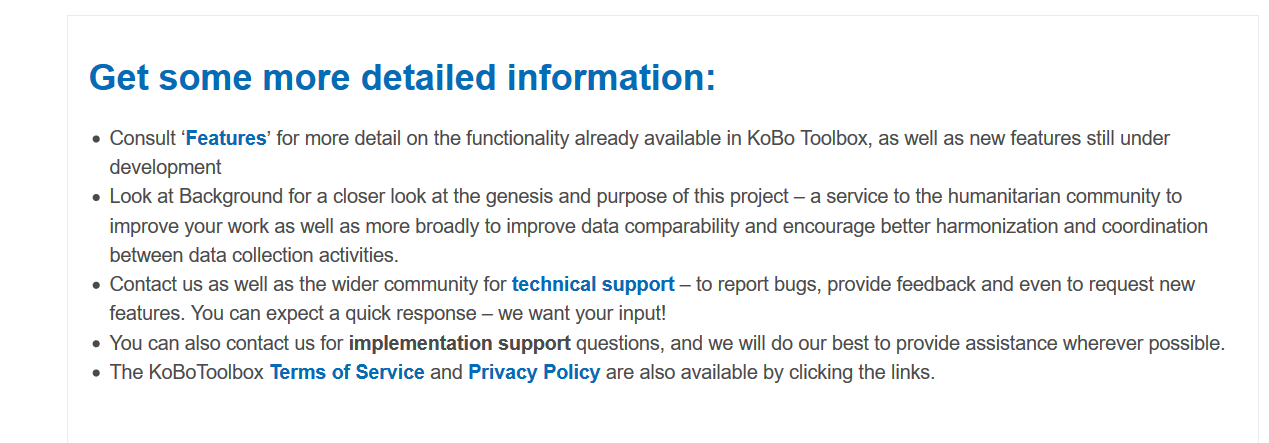
Get    some    more  detailed    information:
     ¢ Consult ‘Features’ for more detail on the functionality already available in KoBo Toolbox, as well as new features still under
     development
     e Look at Background for a closer look at the genesis and purpose of this project — a service to the humanitarian community to
     improve your work as well as more broadly to improve data comparability and encourage better harmonization and coordination
     between data collection activities.
     ¢ Contact us as well as the wider community for technical support —
     to report bugs, provide feedback and even to request new
     features. You can expect a quick response
     — we want your input!
     ¢ You can also contact us for implementation support questions, and we will do our best to provide assistance wherever possible.
     ¢ The KoBoToolbox Terms of Service and Privacy Policy are also available by clicking the links.